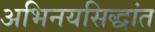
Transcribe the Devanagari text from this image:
अभिनयसिद्धांत